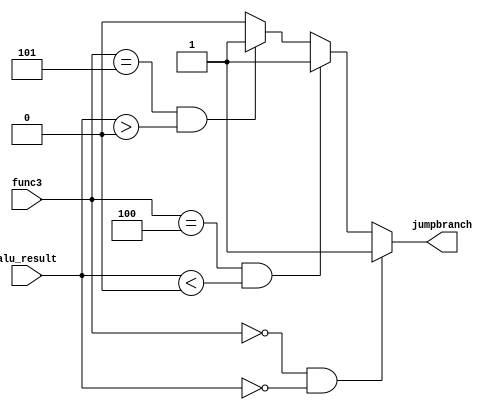
module branch_control (
 input [31:0] alu_result,
 input [2:0] func3,
 output reg jumpbranch
);


always @ (*) begin 
    if (func3 == 3'b000 & alu_result == 0) 
        jumpbranch = 1;
    else if (func3 == 3'b100 & alu_result < 0) 
        jumpbranch = 1;
    else if (func3 == 3'b101 & alu_result > 0)
        jumpbranch = 1;
    else
        jumpbranch = 0;
end


endmodule